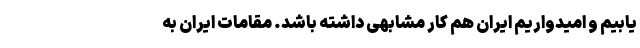
یابیم و امیدواریم ایران هم کار مشابهی داشته باشد. مقامات ایران به